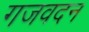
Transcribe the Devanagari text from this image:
गजवदन